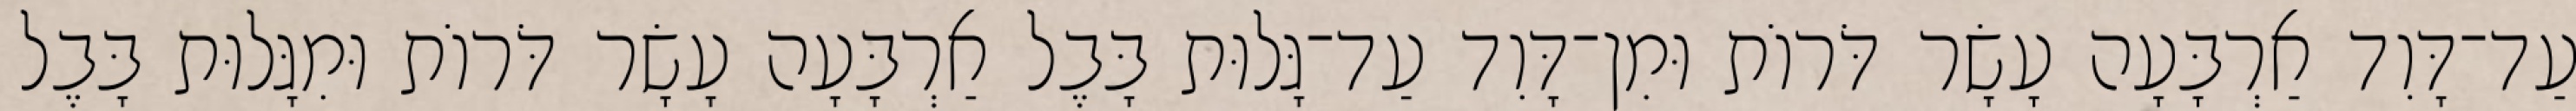
עַד־דָּוִד אַרְבָּעָה עָשָׂר דֹּרוֹת וּמִן־דָּוִד עַד־גָּלוּת בָּבֶל אַרְבָּעָה עָשָׂר דֹּרוֹת וּמִגָּלוּת בָּבֶל